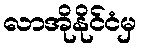
လာအိုနိုင်ငံမှ